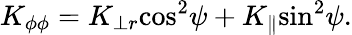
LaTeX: K_{\phi\phi}=K_{\perp r}{\cos}^{2}\psi+K_{\parallel}{\sin}^{2}\psi.